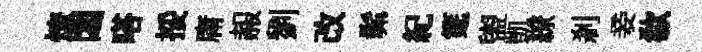
燎閟嗒挼庸赧劉改髴紀筵盥凱繚剎妾欷